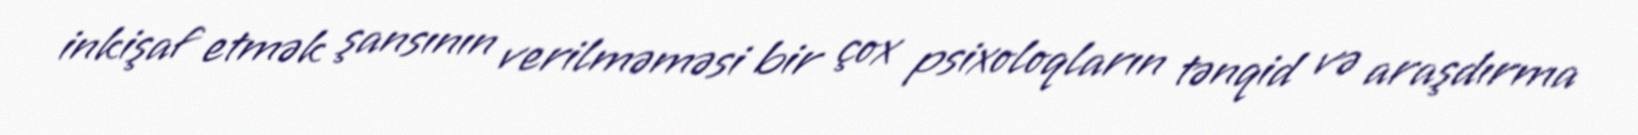
inkişaf etmək şansının verilməməsi bir çox psixoloqların tənqid və araşdırma